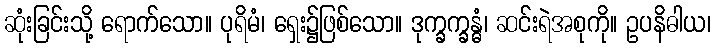
ဆုံးခြင်းသို့ ရောက်သော။ ပုရိမံ၊ ရှေး၌ဖြစ်သော။ ဒုက္ခက္ခန္ဓံ၊ ဆင်းရဲအစုကို။ ဥပနိဓါယ၊